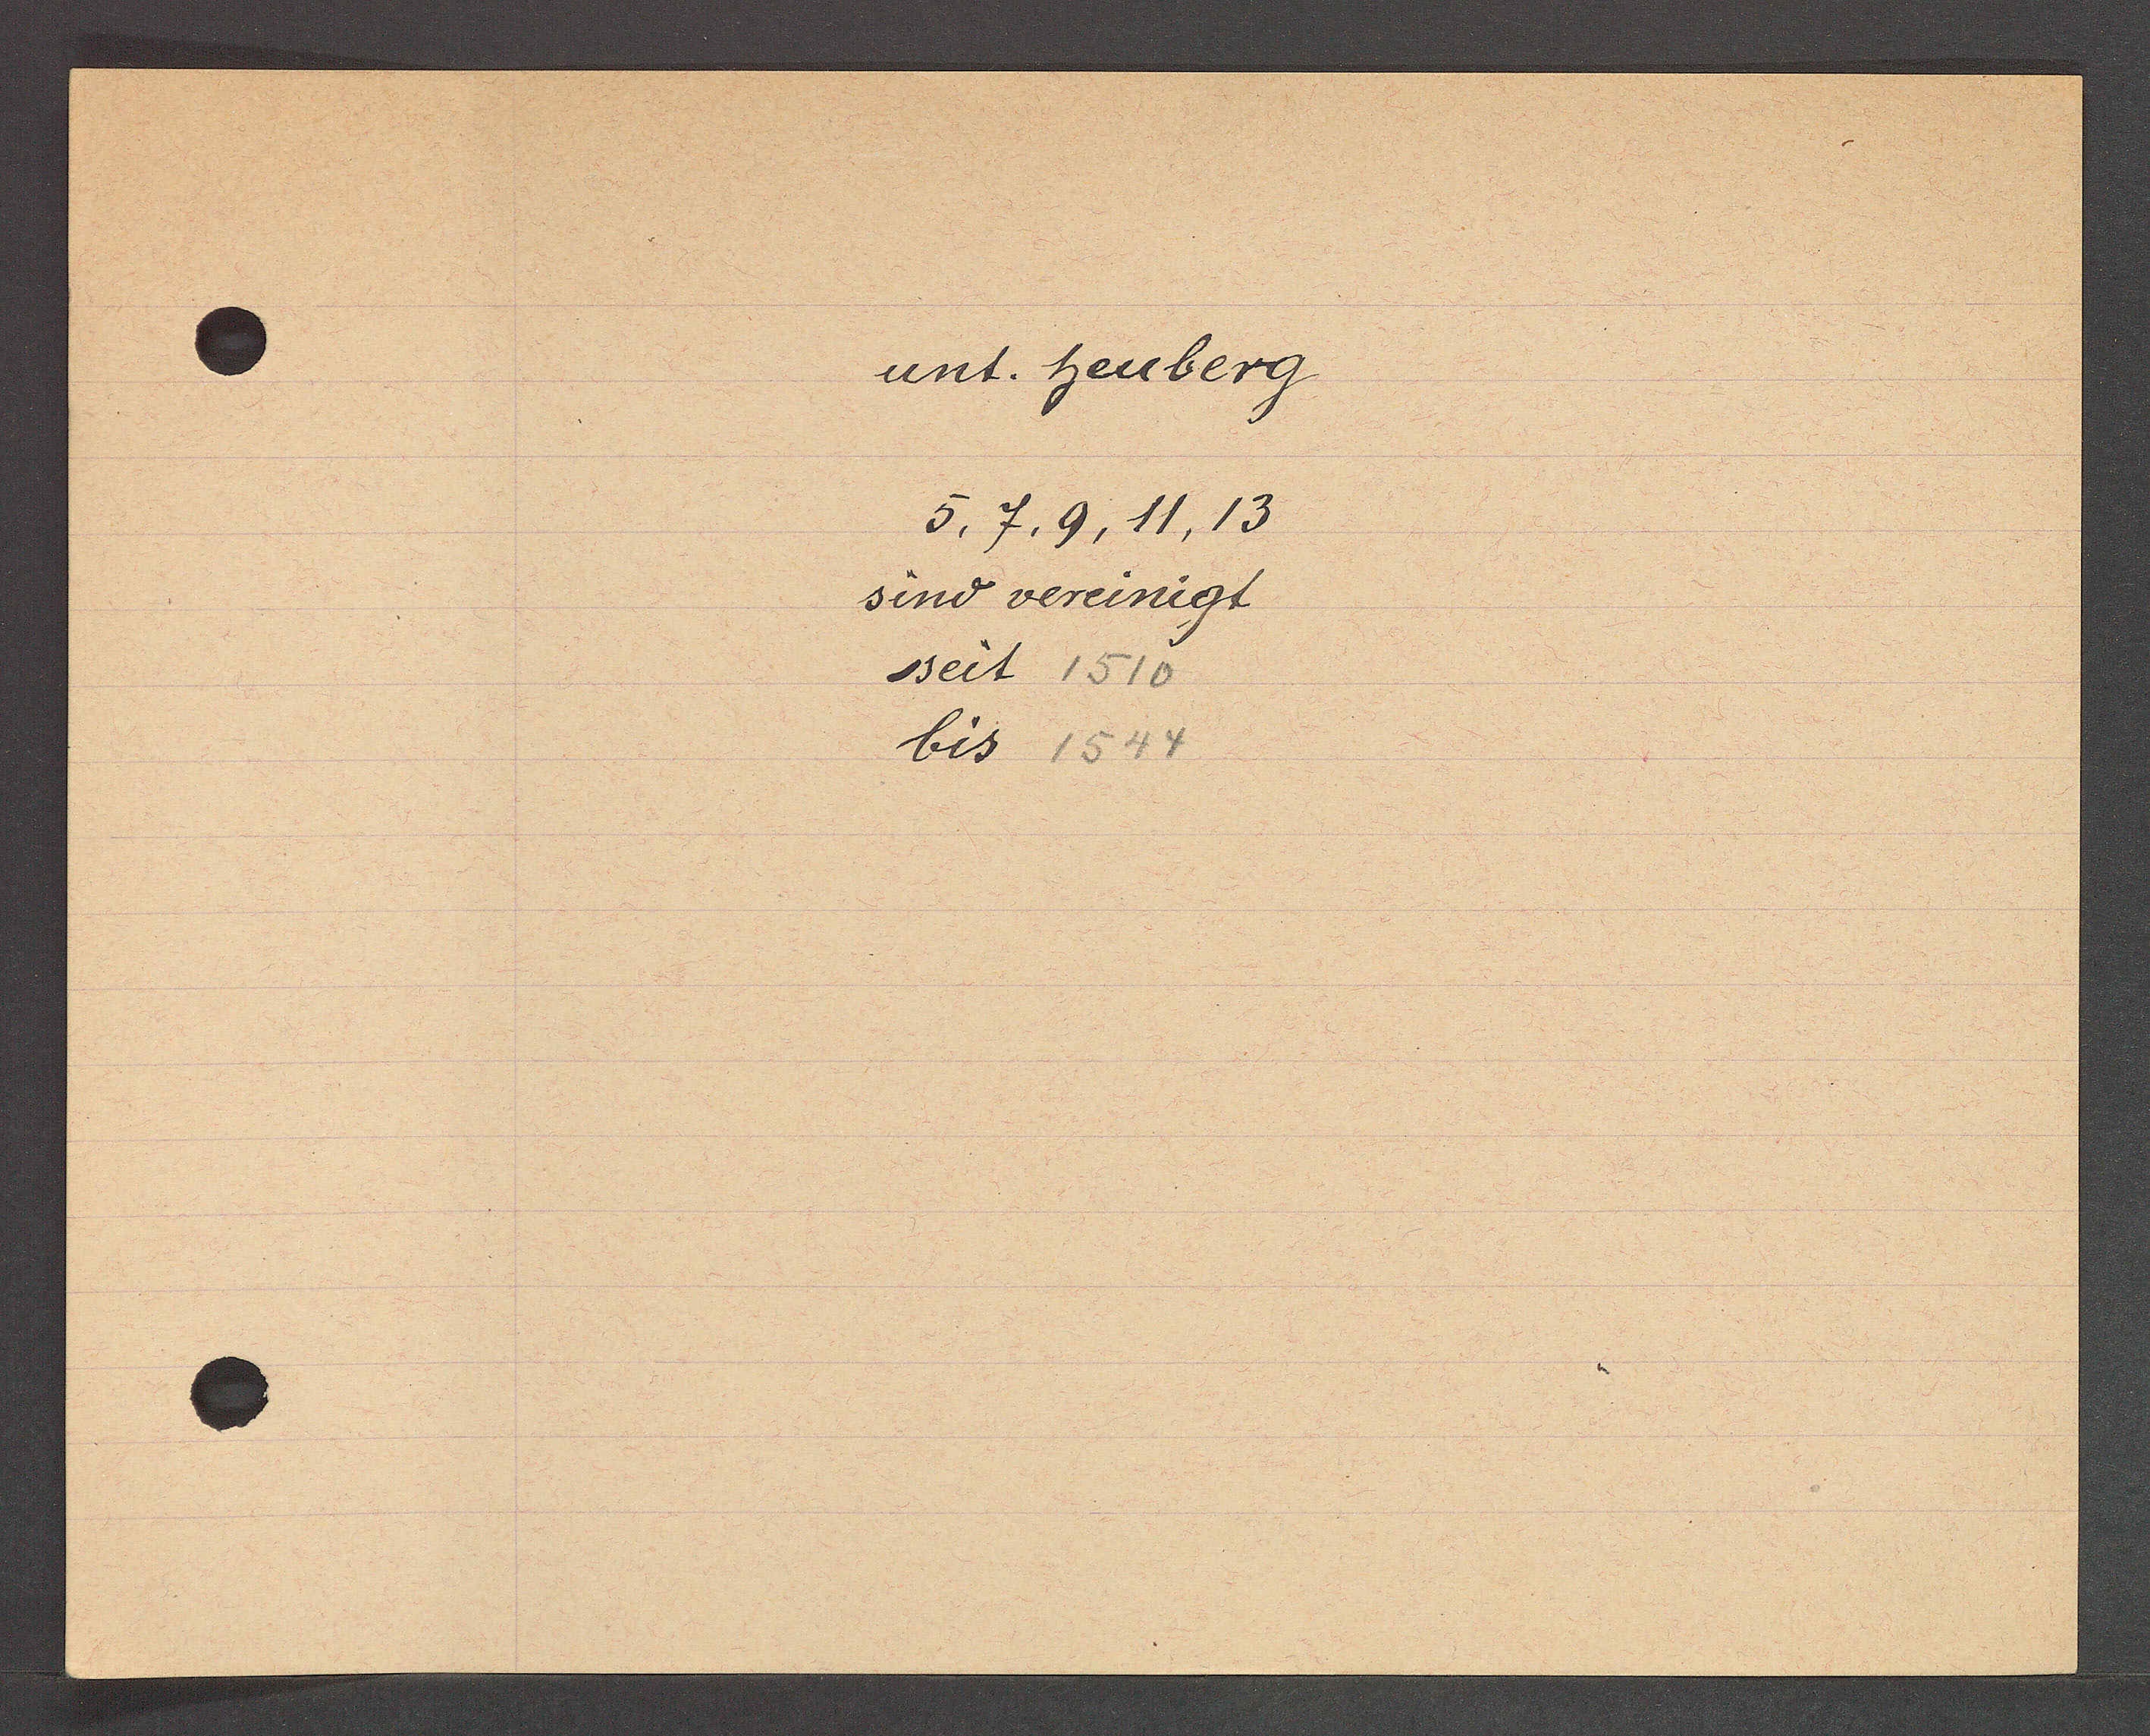
Transcript:
unt. heuberg.
5, 7, 9, 11, 13
sind vereinigt
seit 1510
bis 1544